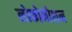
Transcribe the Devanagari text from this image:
लोकोमोशन